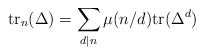
\begin{align*}\textnormal{tr}_n(\Delta ) = \sum_{d|n}\mu (n/d) \textnormal{tr}(\Delta ^d)\end{align*}